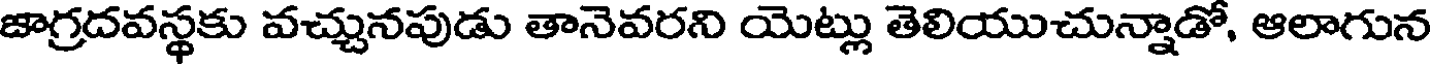
జాగ్రదవస్థకు వచ్చునపుడు తానెవరని యెట్లు తెలియుచున్నాడో, ఆలాగున